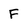
Character: F